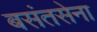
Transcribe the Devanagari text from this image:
बसंतसेना